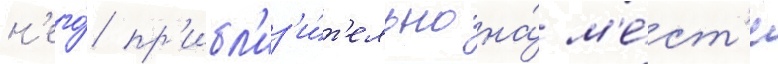
н'его́ пр'ибл'из'и́т'ельно на́ м'е́ст'е